Civil Veterinary Dept. North-West Frontier Province 1933-46 - 1933-1946
Year: 1933
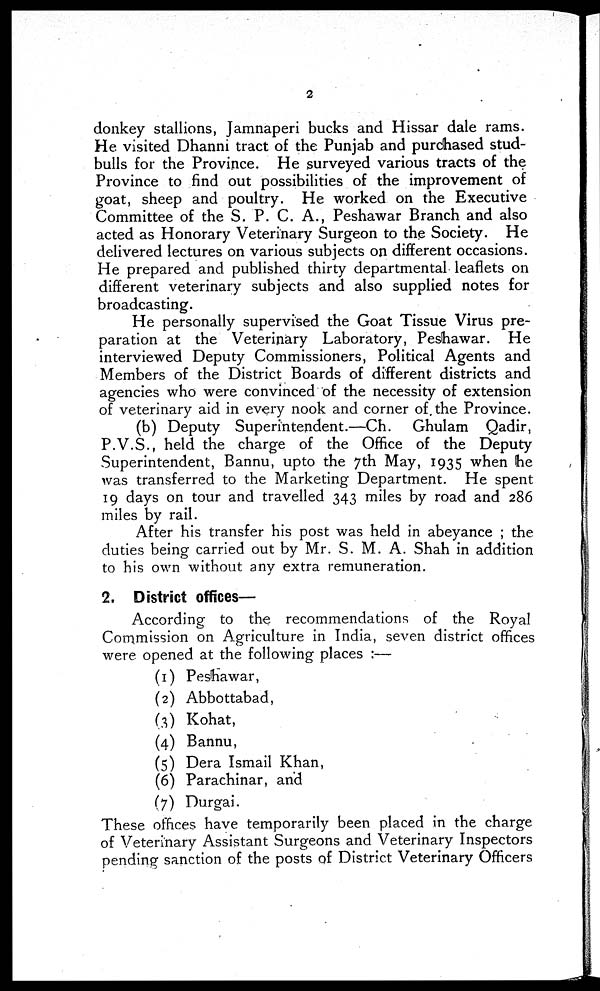
2
donkey stallions, Jamnaperi bucks and Hissar dale rams.
He visited Dhanni tract of the Punjab and purchased stud-
bulls for the Province. He surveyed various tracts of the
Province to find out possibilities of the improvement of
goat, sheep and poultry. He worked on the Executive
Committee of the S. P. C. A., Peshawar Branch and also
acted as Honorary Veterinary Surgeon to the Society. He
delivered lectures on various subjects on different occasions.
He prepared and published thirty departmental leaflets on
different veterinary subjects and also supplied notes for
broadcasting.
He personally supervised the Goat Tissue Virus pre-
paration at the Veterinary Laboratory, Peshawar. He
interviewed Deputy Commissioners, Political Agents and
Members of the District Boards of different districts and
agencies who were convinced of the necessity of extension
of veterinary aid in every nook and corner of the Province.
(b) Deputy Superintendent.—Ch.
Ghulam Qadir,
P.V.S., held the charge of the Office of the Deputy
Superintendent, Bannu, upto the 7th May, 1935 when he
was transferred to the Marketing Department. He spent
19 days on tour and travelled 343 miles by road and 286
miles by rail.
After his transfer his post was held in abeyance ; the
duties being carried out by Mr. S. M. A. Shah in addition
to his own without any extra remuneration.
2. District offices—
According to the recommendations of the Royal
Commission on Agriculture in India, seven district offices
were opened at the following places :—
(1)
(2)
(3)
(4)
(5)
(6)
(7)
Peshawar,
Abbottabad,
Kohat,
Bannu,
Dera Ismail Khan,
Parachinar, and
Durgai.
These offices have temporarily been placed in the charge
of Veterinary Assistant Surgeons and Veterinary Inspectors
pending sanction of the posts of District Veterinary Officers